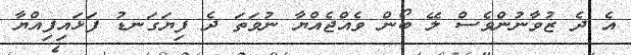
އެ ދެ ޒުވާނުންވެސް ލޭ ބޯން ވެއްޖެއްޔާ ނުވަތަ ދެ ފިޔަގަނޑު ފަޅައިފިއްޔާ